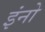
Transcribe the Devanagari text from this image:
इंनो